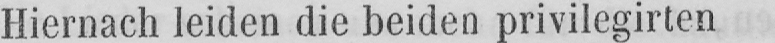
Hiernach leiden die beiden privilegirten